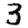
Digit: 3